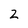
Character: 2